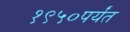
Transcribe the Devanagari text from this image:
१९५०पर्यंत